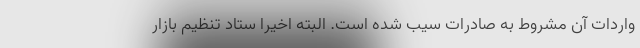
واردات آن مشروط به صادرات سیب شده است. البته اخیرا ستاد تنظیم بازار